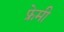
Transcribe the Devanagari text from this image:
फ्रेमी